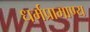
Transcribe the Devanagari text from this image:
धर्मप्रामाण्य